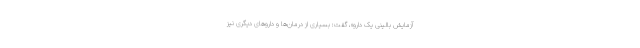
آزمایش بالینی یک دارو»، گفت: بسیاری از درمان‌ها و داروهای دیگری نیز